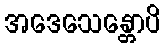
အဒေသေန္တောပိ